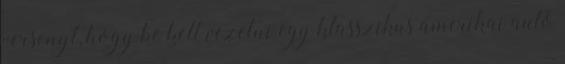
versenyt, hogy be kell vezetni egy klasszikus amerikai autó